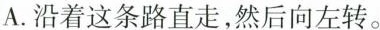
A.沿着这条路直走，然后向左转。